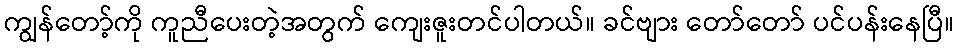
ကျွန်တော့်ကို ကူညီပေးတဲ့အတွက် ကျေးဇူးတင်ပါတယ်။ ခင်ဗျား တော်တော် ပင်ပန်းနေပြီ။